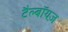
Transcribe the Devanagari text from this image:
टैल्बॉयज़